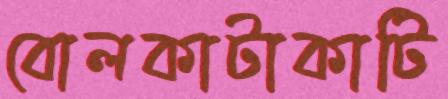
বোলকাটাকাটি